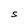
Character: S